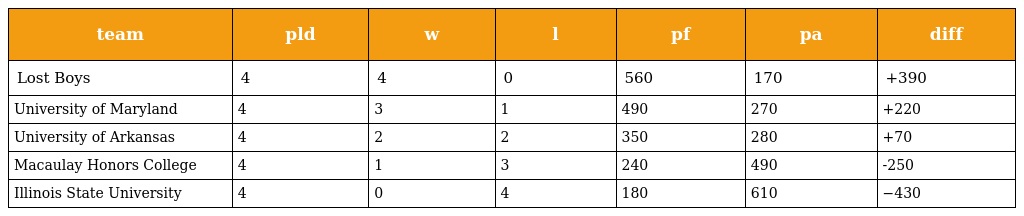
| team | pld | w | l | pf | pa | diff |
 | --- | --- | --- | --- | --- | --- | --- |
 | Lost Boys | 4 | 4 | 0 | 560 | 170 | +390 |
 | University of Maryland | 4 | 3 | 1 | 490 | 270 | +220 |
 | University of Arkansas | 4 | 2 | 2 | 350 | 280 | +70 |
 | Macaulay Honors College | 4 | 1 | 3 | 240 | 490 | -250 |
 | Illinois State University | 4 | 0 | 4 | 180 | 610 | −430 |